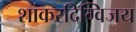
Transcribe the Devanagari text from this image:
शांकरदिग्विजय